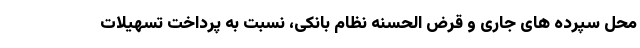
محل سپرده های جاری و قرض الحسنه نظام بانکی، نسبت به پرداخت تسهیلات